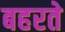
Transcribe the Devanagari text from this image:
बहरते